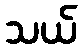
သယ်